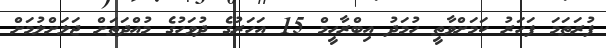
ފުރަތަމަ ފަހަރު ކަމަށްވާތީ ހުމަދު އިބްރާހީމް 15 އަހަރުގެ ދުވަހުގެ މުއްދަތަށް ޖަލަށްލުމަށް